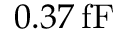
0 . 3 7 \, \mathrm { f F }